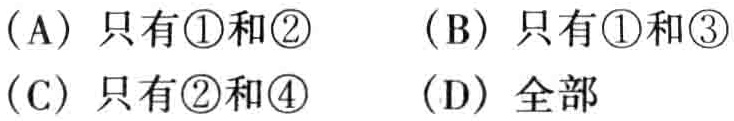
（A）只有\textcircled{1}和\textcircled{2} （B）只有\textcircled{1}和\textcircled{3} （C）只有\textcircled{2}和\textcircled{4} （D）全部